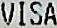
VISA